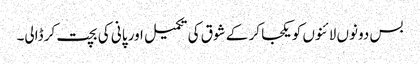
بس دونوں لائنوں کو یکجا کر کے شوق کی تکمیل اور پانی کی بچت کر ڈالی۔